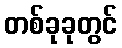
တစ်ခုခုတွင်